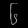
Digit: ၆